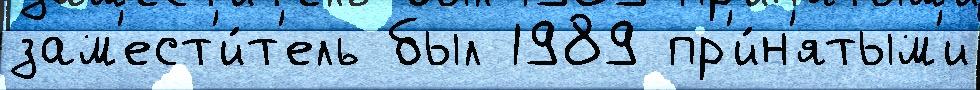
зам'ест'и́т'ель был 1989 пр'и́н'ятым'и